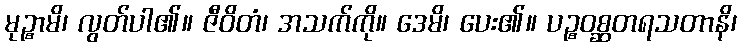
မုဉ္စာမိ၊ လွတ်ပါ၏။ ဇီဝိတံ၊ အသက်ကို။ ဒေမိ၊ ပေး၏။ ပဉ္စဝစ္ဆတရသတာနိ၊